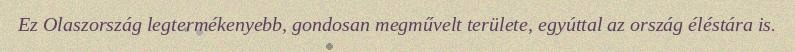
Ez Olaszország legtermékenyebb, gondosan megművelt területe, egyúttal az ország éléstára is.